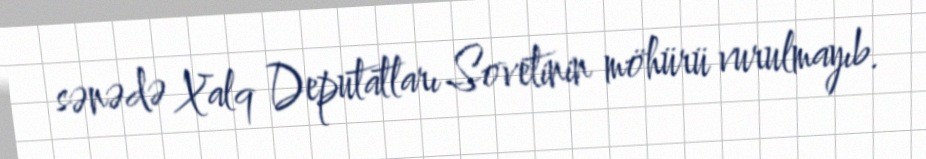
sənədə Xalq Deputatları Sovetinin möhürü vurulmayıb.